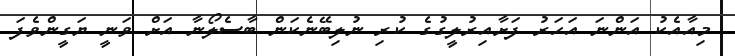
މިއާއެކު އަންނަ އަހަރު ފަށާއިރުލީގުގެ ކުރި ނުލިބޭނެކަން ބާސެލޯނާ އަށް ވަނީ ޔަގީންވެފަ